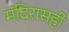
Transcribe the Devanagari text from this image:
मंदिरासही